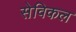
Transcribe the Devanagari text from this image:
सेविकल